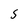
Character: S